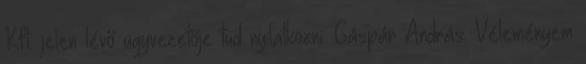
Kft. jelen lévő ügyvezetője tud nyilatkozni. Gáspár András: Véleményem